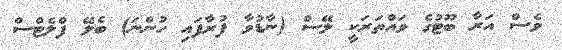
ވެސް އަރާ ބޫޓުގެ ވައްތަރަކީ ލޭސް (ނާޑުވާ ފުރާފައި ހުންނަ) ބެލޭ ފްލެޓްސް